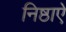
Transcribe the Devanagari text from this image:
निष्ठाऐ